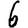
Digit: 6